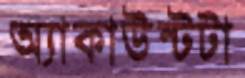
অ্যাকাউন্টটা